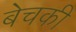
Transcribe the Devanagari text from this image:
बेचकी